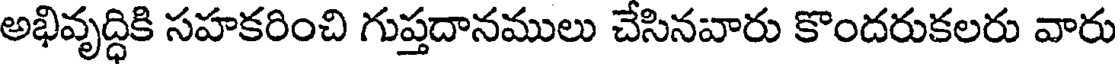
అభివృద్ధికి సహకరించి గుప్తదానములు చేసినవారు కొందరుకలరు వారు